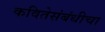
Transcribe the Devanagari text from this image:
कवितेसंबंधीचा